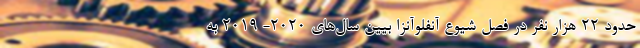
حدود 22 هزار نفر در فصل شیوع آنفلوآنزا بیین سال‌های 2020- 2019 به